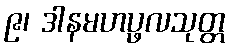
၉၊ ဒါနမဟပ္ဖလသုတ္တ